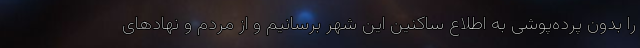
را بدون پرده‌پوشی به اطلاع ساکنین این شهر برسانیم و از مردم و نهادهای